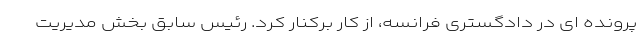
پرونده ای در دادگستری فرانسه، از کار برکنار کرد. رئیس سابق بخش مدیریت